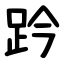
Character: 趻